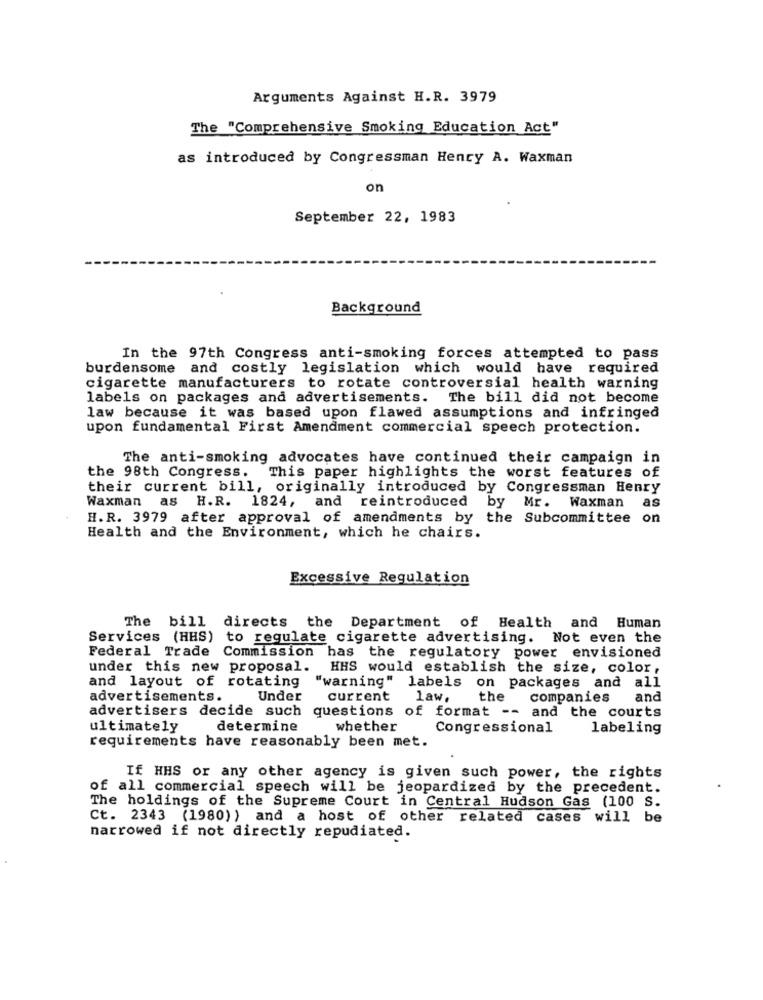
Arguments Against H.R. 3979
The "Comprehensive Smoking Education Act"
as introduced by Congressman Henry A. Waxman
on
September 22, 1983
Background
In the 97th Congress anti-smoking forces attempted to pass
burdensome and costly legislation which would have required
cigarette manufacturers to rotate controversial health warning
labels on packages and advertisements. The bill did not become
law because it was based upon flawed assumptions and infringed
upon fundamental First Amendment commercial speech protection.
The anti-smoking advocates have continued their campaign in
This paper highlights the worst features of
the 98th Congress.
their current bill, originally introduced by Congressman Henry
Waxman as H.R. 1824, and reintroduced by Mr. Waxman as
H.R. 3979 after approval of amendments by the Subcommittee on
Health and the Environment, which he chairs.
Excessive Regulation
The bill directs the Department of Health and Human
Services (HHS) to regulate cigarette advertising. Not even the
Federal Trade Commission has the regulatory power envisioned
under this new proposal.
HHS would establish the size, color,
and layout of rotating
"warning" labels on packages and all
advertisements.
Under
current
law,
the
companies
and
advertisers decide such questions of format -- and the courts
ultimately
determine
whether
Congressional
labeling
requirements have reasonably been met.
If HHS or any other agency is given such power, the rights
of all commercial speech will be jeopardized by the precedent.
The holdings of the Supreme Court in Central Hudson Gas (100 S.
Ct. 2343 (1980)) and a host of other related cases will be
narrowed if not directly repudiated.